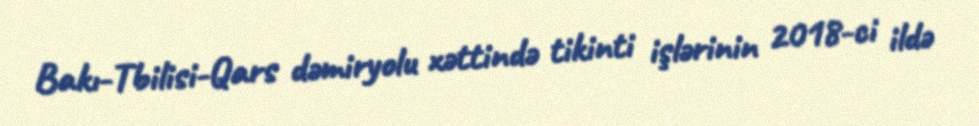
Bakı-Tbilisi-Qars dəmiryolu xəttində tikinti işlərinin 2018-ci ildə